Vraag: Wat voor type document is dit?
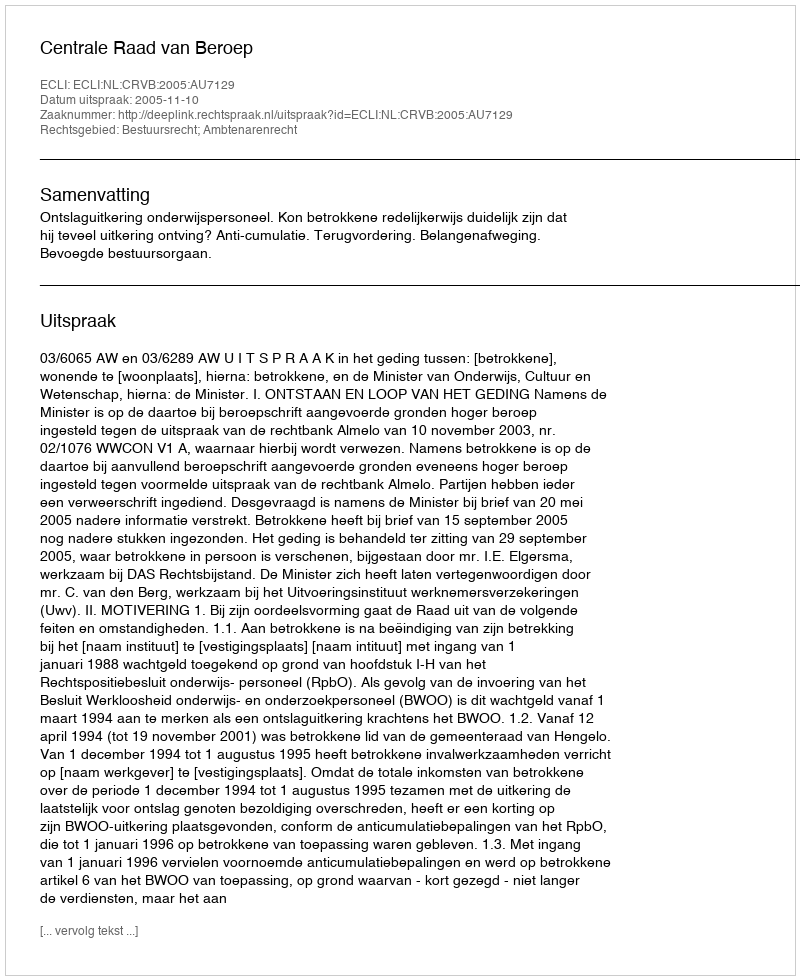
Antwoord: Uitspraak